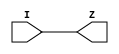
// Company           :   RacyICs
//                                
// Project Name      :   p_ri    
// Subproject Name   :   s_common    
// Description       :   common cell to be used for 
//                       hard instantiated clock buffer            
//
// Last Change       :   $Date$
// by                :   $Author$                              
// -----------------------------------------------------------------------------
// Version   |  Author    |  Date         |  Comment
// -----------------------------------------------------------------------------
// 1.0       |  eisenreich  | 13 Juni 2013   |  initial release
// -----------------------------------------------------------------------------
module common_clkbuf (  I,
                        Z
                        );
   
   // synopsys translate_off
   parameter C_DELAY = 0.0;
   // synopsys translate_on
   
   input  I;

   output Z;

   wire   Z;
   
  // synopsys translate_off
  generate
	if (C_DELAY > 0) begin: DELAY
	  assign #C_DELAY Z = I;
	end
	else begin: NO_DELAY
  // synopsys translate_on
	  assign Z = I;
  // synopsys translate_off
    end
  endgenerate
  // synopsys translate_on

endmodule